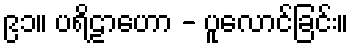
၉၁။ ပရိဠာဟော - ပူလောင်ခြင်း။